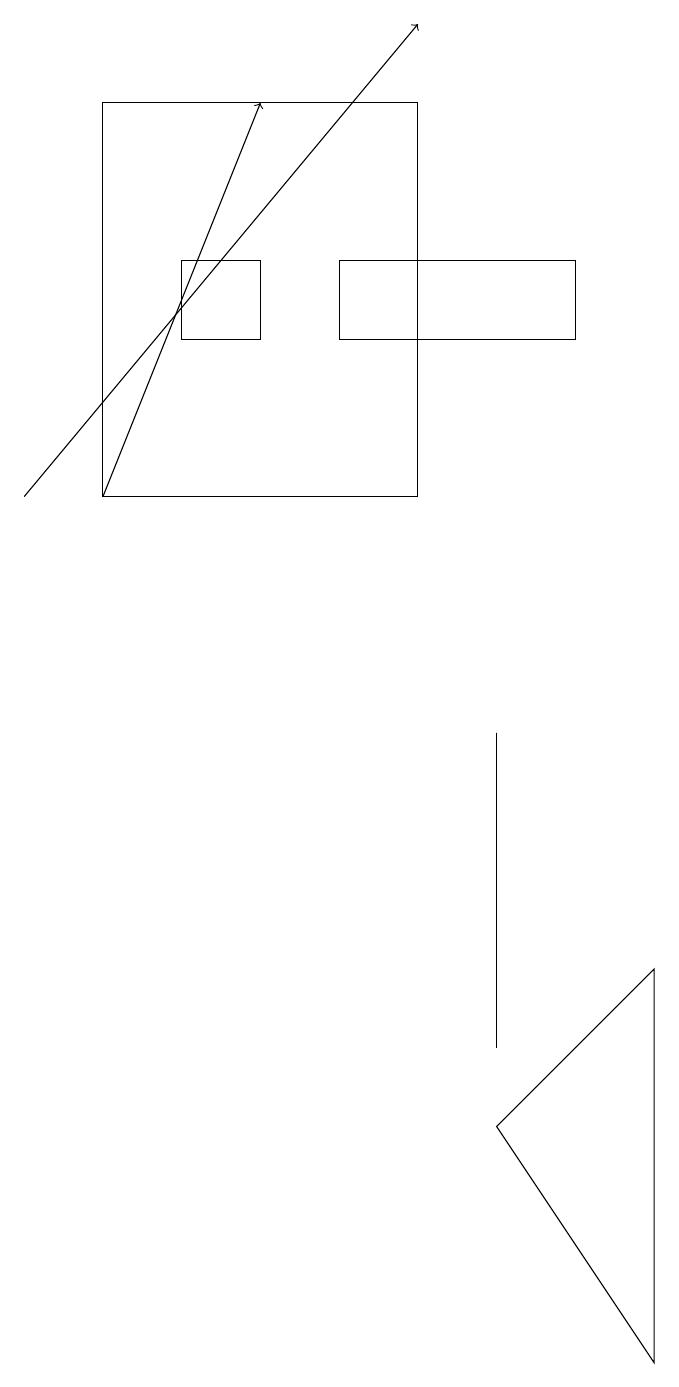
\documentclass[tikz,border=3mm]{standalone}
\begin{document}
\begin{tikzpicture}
\draw[->] (2,11) -- (4,16);
\draw (7,3) -- (9,5) -- (9,0) -- cycle;
\draw (6,16) rectangle (2,11);
\draw[->] (1,11) -- (6,17);
\draw (4,14) rectangle (3,13);
\draw (7,4) -- (7,6) -- (7,8) -- cycle;
\draw (8,14) rectangle (5,13);
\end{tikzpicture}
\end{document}